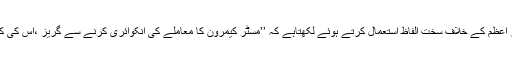
شاید اسی وجہ سے ہی ’’اکانومسٹ‘‘ وزیر اعظم کے خلاف سخت الفاظ استعمال کرتے ہوئے لکھتاہے کہ ’’مسٹر کیمرون کا معاملے کی انکوائری کرنے سے گریز ،اس کی کم نظری اوربزدلی کی غمازی کرتاہے ‘‘۔